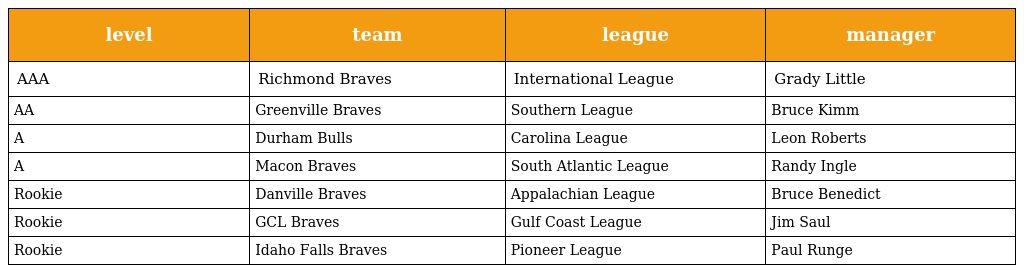
| level | team | league | manager |
 | --- | --- | --- | --- |
 | AAA | Richmond Braves | International League | Grady Little |
 | AA | Greenville Braves | Southern League | Bruce Kimm |
 | A | Durham Bulls | Carolina League | Leon Roberts |
 | A | Macon Braves | South Atlantic League | Randy Ingle |
 | Rookie | Danville Braves | Appalachian League | Bruce Benedict |
 | Rookie | GCL Braves | Gulf Coast League | Jim Saul |
 | Rookie | Idaho Falls Braves | Pioneer League | Paul Runge |